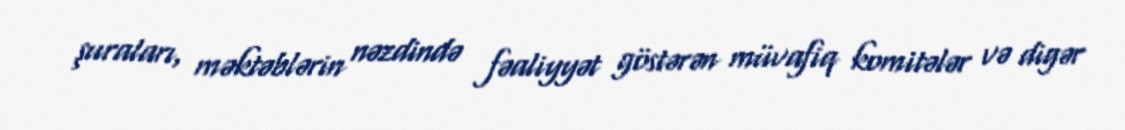
şuraları, məktəblərin nəzdində fəaliyyət göstərən müvafiq komitələr və digər